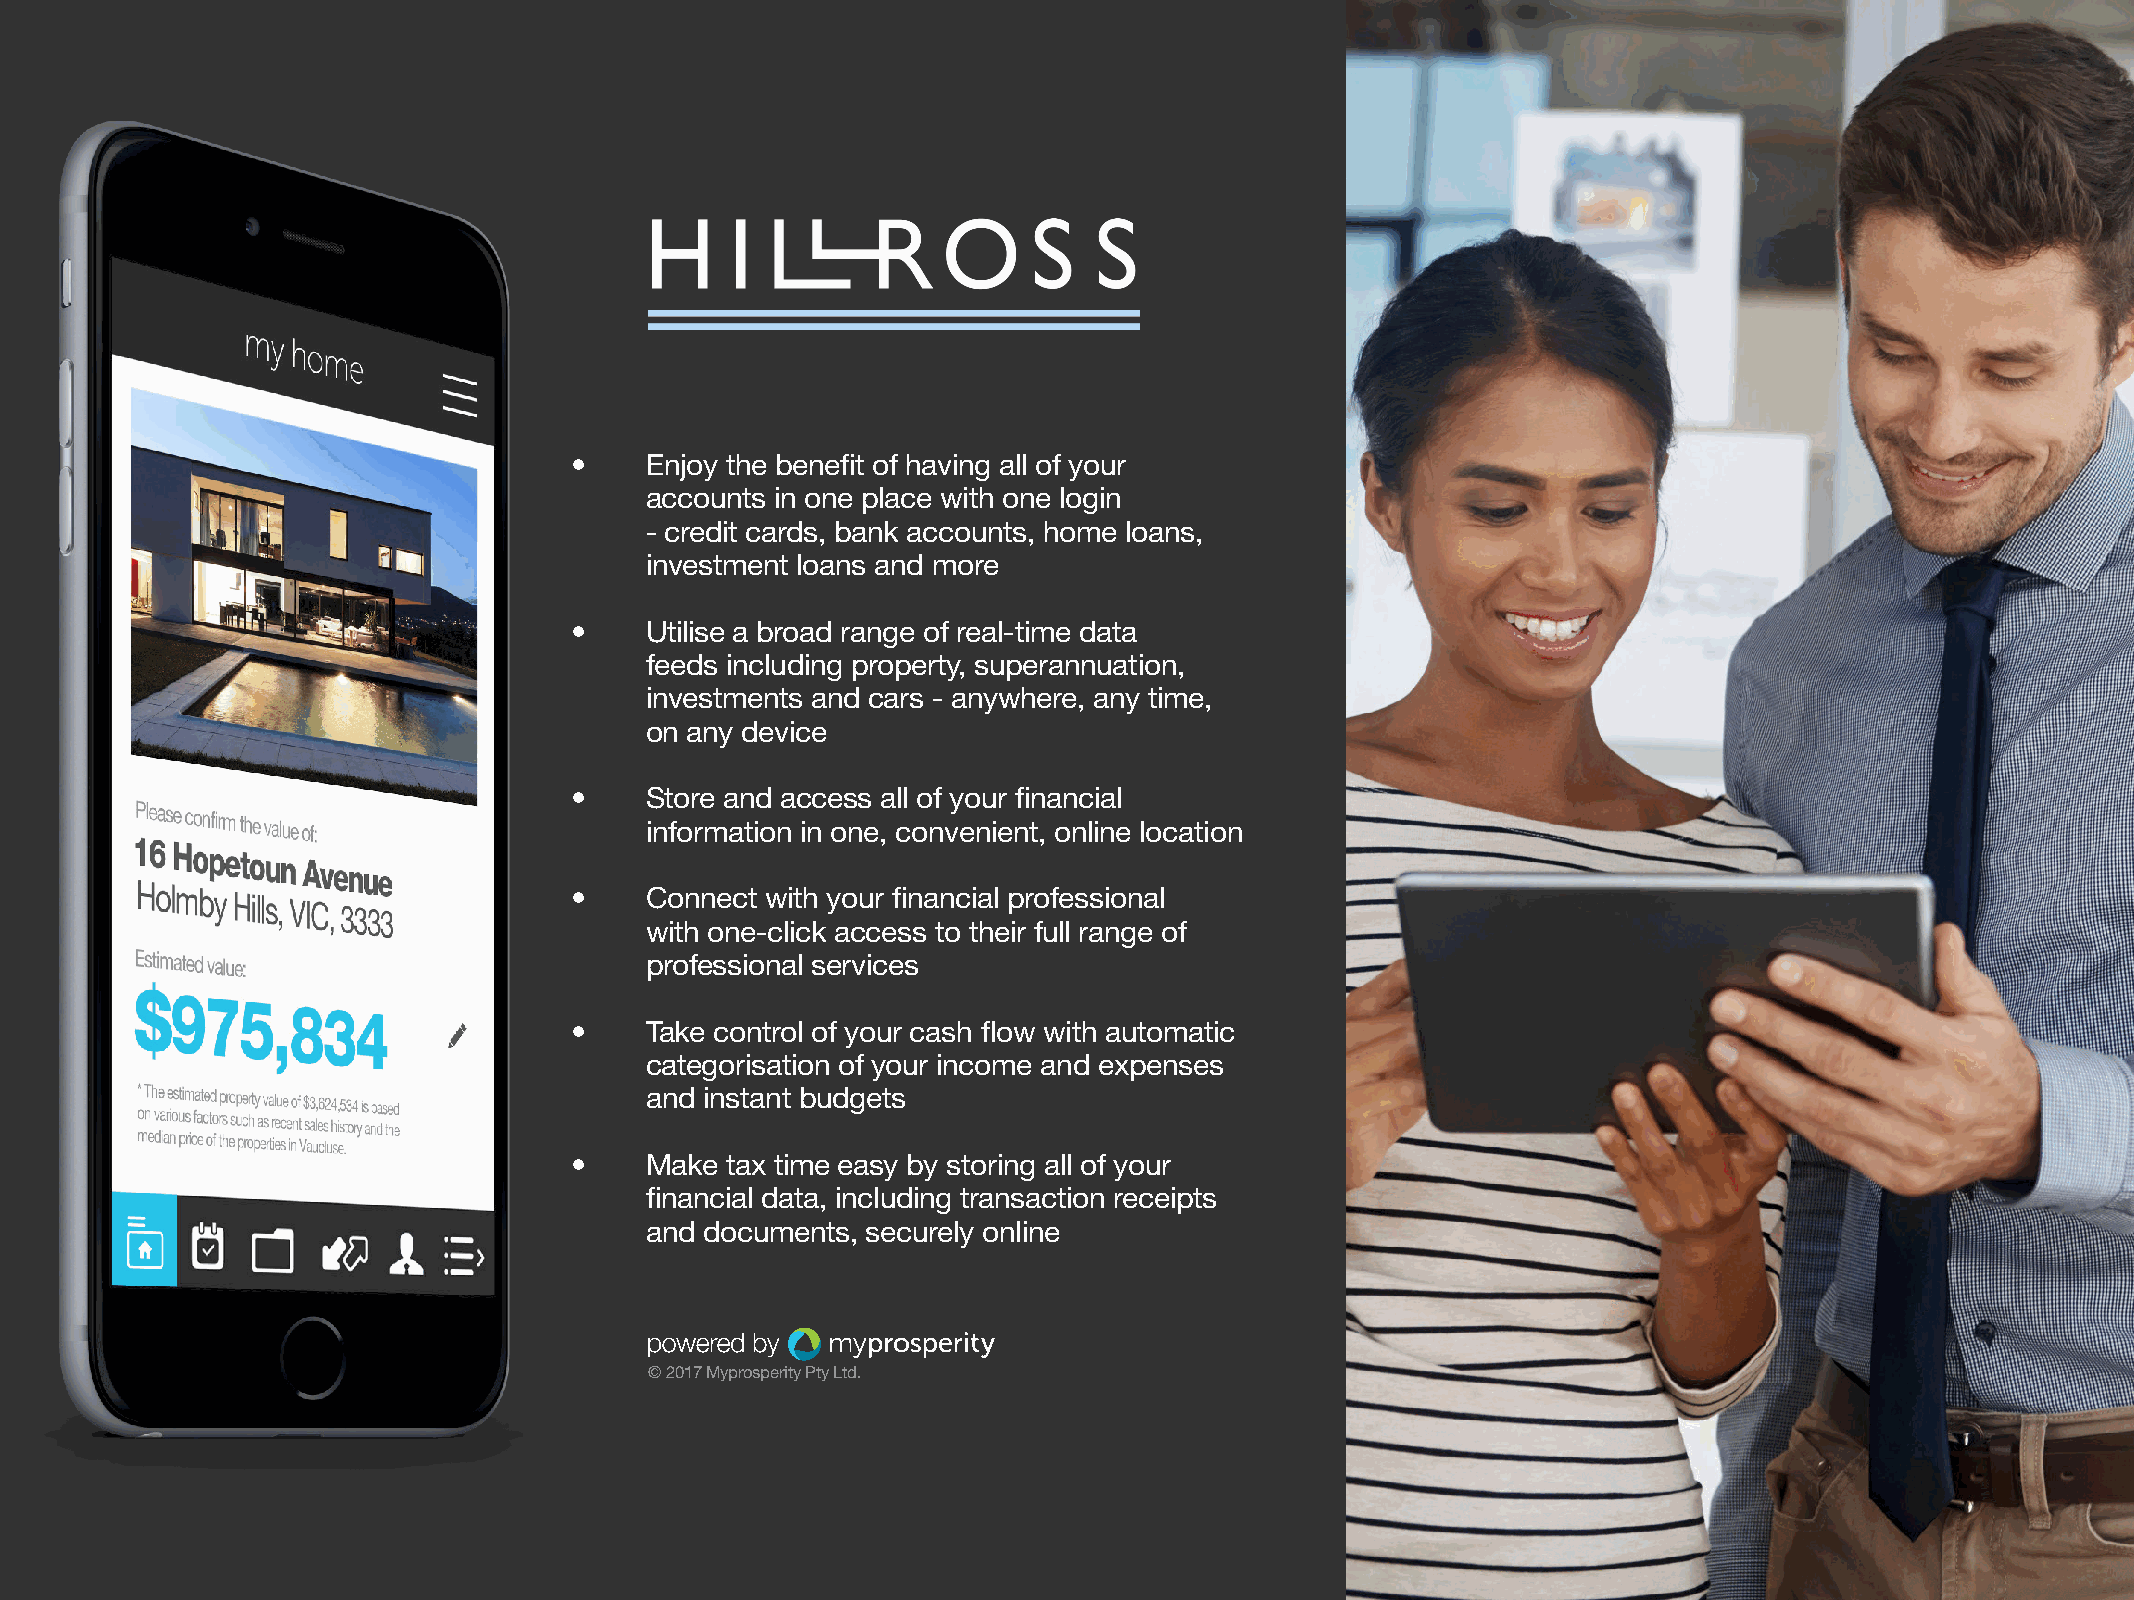
•    E njoy the benefit of having all of your
 accounts in one place with one login
 - credit cards, bank accounts, home loans,
 investment loans and more
 •    U tilise a broad range of real-time data
 feeds including property, superannuation,
 investments and cars - anywhere, any time,
 on any device
 •    S tore and access all of your financial
 information in one, convenient, online location
 •    C onnect with your financial professional
 with one-click access to their full range of
 professional services
 •    T ake control of your cash flow with automatic
 categorisation of your income and expenses
 and instant budgets
 •    M ake tax time easy by storing all of your
 financial data, including transaction receipts
 and documents, securely online
 © 2017 Myprosperity Pty Ltd.